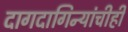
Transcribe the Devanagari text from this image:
दागदागिन्यांचीही